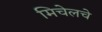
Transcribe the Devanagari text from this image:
मिचेलचे